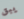
يبق